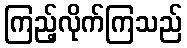
ကြည့်လိုက်ကြသည်